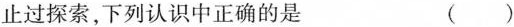
止过探索，下列认识中正确的是 ( )